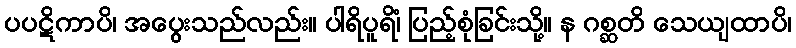
ပပဋိကာပိ၊ အပွေးသည်လည်း။ ပါရိပူရိံ၊ ပြည့်စုံခြင်းသို့။ န ဂစ္ဆတိ သေယျထာပိ၊